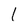
Character: 1